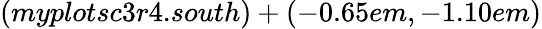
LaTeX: (myplotsc3r4.south)+(-0.65em,-1.10em)